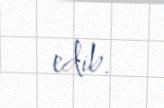
edib.